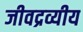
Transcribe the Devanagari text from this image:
जीवद्रव्यीय